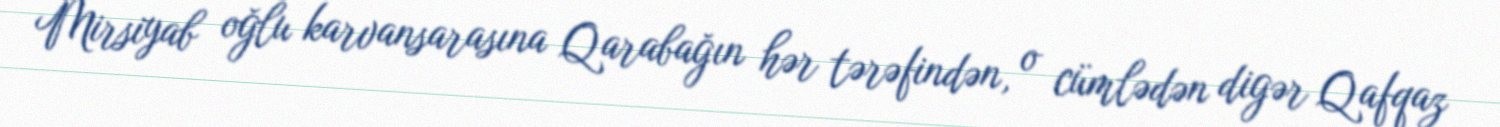
Mirsiyab oğlu karvansarasına Qarabağın hər tərəfindən, o cümlədən digər Qafqaz